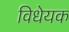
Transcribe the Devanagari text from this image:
विधेयक